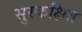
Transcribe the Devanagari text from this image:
सुरकक्षित